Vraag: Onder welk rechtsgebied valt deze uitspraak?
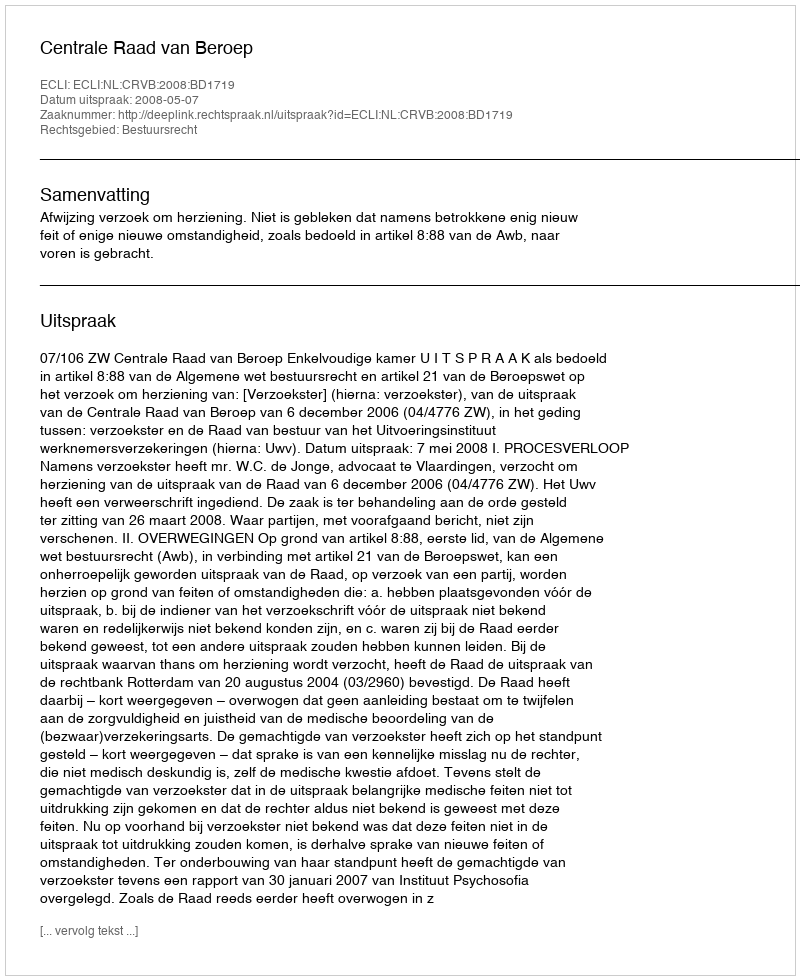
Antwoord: Bestuursrecht